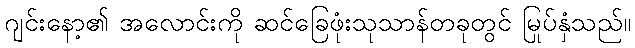
ဂျင်းနော့၏ အလောင်းကို ဆင်ခြေဖုံးသုသာန်တခုတွင် မြုပ်နှံသည်။